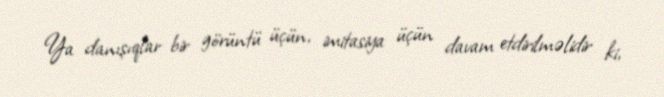
Ya danışıqlar bir görüntü üçün, imitasiya üçün davam etdirilməlidir ki,